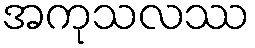
အကုသလဿ